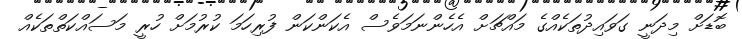
ބޮޑަށް މިދަނީ ގަވައިދުތަކެއްގެ މައްޗަށް އެހެންނަމަވެސް އެކަންކަން ފުރިހަމަ ކުރުމަށް ހުރީ މަސައްކަތްތަކެއް